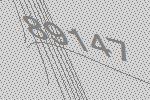
89147